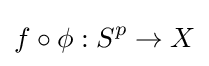
f\circ \phi :S^{p}\to X